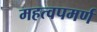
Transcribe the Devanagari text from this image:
महत्‍वपमर्ण